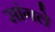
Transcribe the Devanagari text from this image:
सांगले